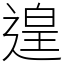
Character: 遑